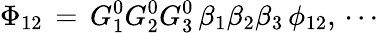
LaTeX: \Phi_{12}\, =\, G_{1}^{0}G_{2}^{0}G_{3}^{0}\, \beta_{1}\beta_{2}\beta_{3}\, \phi_{12},\, \cdots